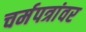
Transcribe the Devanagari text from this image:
चर्मपत्रांवर